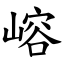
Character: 嵱